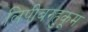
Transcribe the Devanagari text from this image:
लिपीबरहुकूम